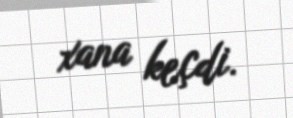
xana keçdi.